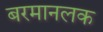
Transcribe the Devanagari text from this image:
बरमानलक